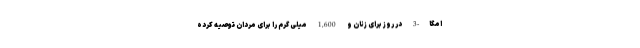
امگا-3 در روز برای زنان و 1,600 میلی گرم را برای مردان توصیه کرده